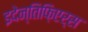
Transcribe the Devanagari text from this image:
इदेन्तिफ़िएर्स